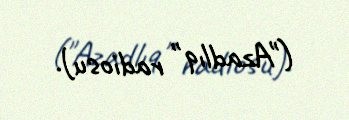
("Azadlıq" radiosu).